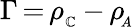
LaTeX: \Gamma\, {=}\, \rho_{_\mathbb{C}}\, {-}\, \rho\! _{_A}